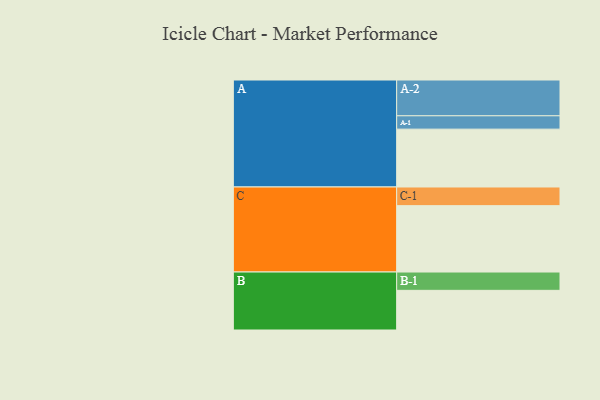
{"axis": {"x": "Segment", "y": "Value"}, "legend": ["", "A", "B", "C"], "data": [{"x": "A", "y": 477, "type": ""}, {"x": "B", "y": 327, "type": ""}, {"x": "C", "y": 547, "type": ""}, {"x": "A-1", "y": 110, "type": "A"}, {"x": "A-2", "y": 295, "type": "A"}, {"x": "B-1", "y": 151, "type": "B"}, {"x": "C-1", "y": 154, "type": "C"}]}